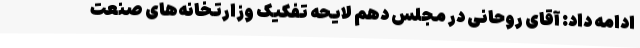
ادامه داد: آقای روحانی در مجلس دهم لایحه تفکیک وزارتخانه‌های صنعت